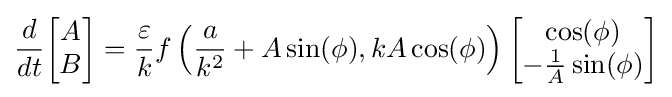
{\frac {d}{dt}}{\begin{bmatrix}A\\B\end{bmatrix}}={\frac {\varepsilon }{k}}f\left({\frac {a}{k^{2}}}+A\sin(\phi ),kA\cos(\phi )\right){\begin{bmatrix}\cos(\phi )\\-{\frac {1}{A}}\sin(\phi )\end{bmatrix}}